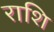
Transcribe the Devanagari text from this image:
राशि